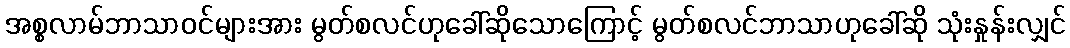
အစ္စလာမ်ဘာသာဝင်များအား မွတ်စလင်ဟုခေါ်ဆိုသောကြောင့် မွတ်စလင်ဘာသာဟုခေါ်ဆို သုံးနှုန်းလျှင်